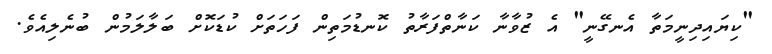
"ކިޔައިދިނީމަތާ އެނގޭނީ" އެ ޒުވާނާ ކަނާތްފަރާތު ކޮނޑުމަތިން ފަހަތަށް ކުޑަކޮށް ބަލާލަމުން ބުނެލިއެވެ.